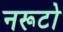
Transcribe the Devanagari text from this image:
नरूटो